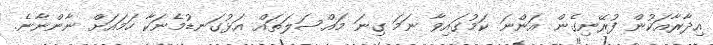
އިދާރާއަކުން ފުރޭނިގެން އަންނަ ކަމުގައިވާ ނަމަ ގިނަ މައްސަލަތައް އަޅުގަނޑުމެނަކާ ހަމައަށް ނާންނާނެ.